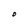
Character: O